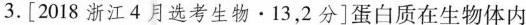
3.[2018浙江4月选考生物·13·2分]蛋白质在生物体内